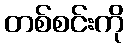
တစ်စင်းကို